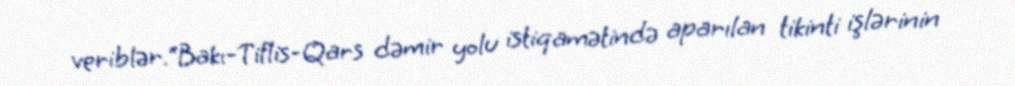
veriblər.“Bakı-Tiflis-Qars dəmir yolu istiqamətində aparılan tikinti işlərinin